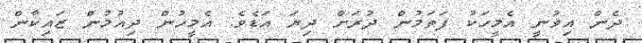
ދެން އިވުނީ އެމީހަކު ފަތަމުން ދުރަށް ދިޔަ އަޑެވެ. އެމީހުން ދިއުމުން ޒައިކާން